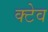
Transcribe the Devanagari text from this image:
क्टेव